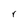
Character: r